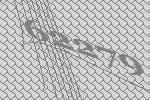
62279